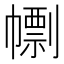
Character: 𢅚